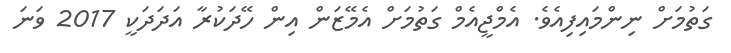
ގަތުމަށް ނިންމައިފިއެވެ. އެމްޖީއެމް ގަތުމަށް އެމޭޒަން އިން ހޭދަކުރާ އަދަދަކީ 2017 ވަނަ